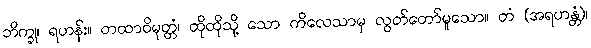
ဘိက္ခု၊ ရဟန်း။ တထာဝိမုတ္တံ၊ ထိုထိုသို့ သော ကိလေသာမှ လွတ်တော်မူသော။ တံ (အရဟန္တံ)၊